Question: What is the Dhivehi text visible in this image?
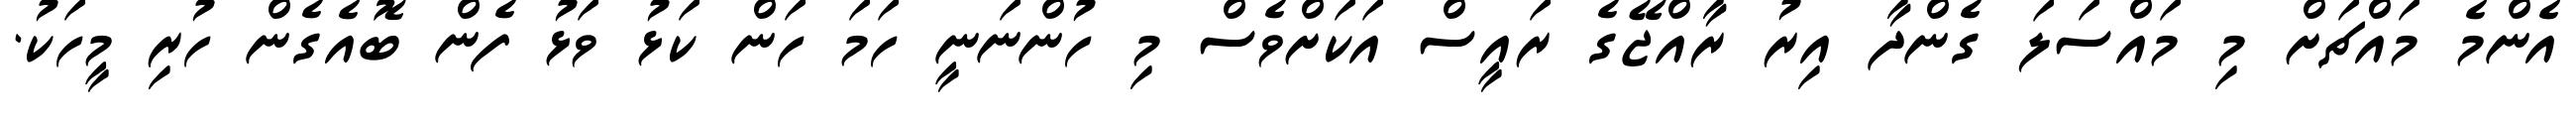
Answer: އެންމެ މައްޗަށް މި މައްސަލަ ގެންދާ އިރު ރާއްޖޭގެ ރައީސް އަކަށްވެސް މި ހުންނަނީ ހަމަ ހަން ކަޅު ވަޅު ފެން ބޮއެގެން ހުރި މީހަކު.